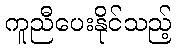
ကူညီပေးနိုင်သည့်